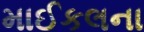
માઈકલના